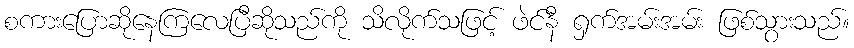
စကားပြောဆိုနေကြလေပြီဆိုသည်ကို သိလိုက်သဖြင့် ဖဲင်နီ ရှက်အမ်းအမ်း ဖြစ်သွားသည်။